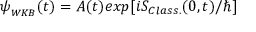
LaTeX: \psi _ { _ { W K B } } ( t ) = A ( t ) e x p [ i S _ { C l a s s . } ( 0 , t ) / \hbar ]